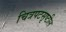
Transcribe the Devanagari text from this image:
चित्रपटसृष्टील